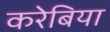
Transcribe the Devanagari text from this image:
करेबिया